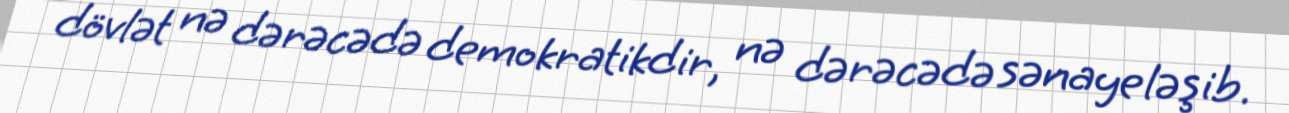
dövlət nə dərəcədə demokratikdir, nə dərəcədə sənayeləşib.